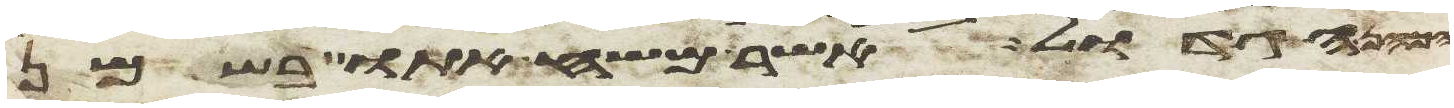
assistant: הגדול אשר משח אתו בשמן